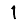
Digit: 1